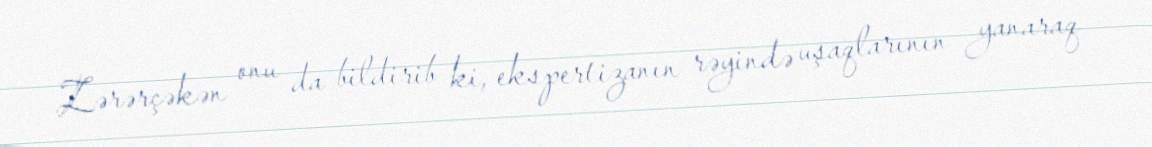
Zərərçəkən onu da bildirib ki, ekspertizanın rəyində uşaqlarının yanaraq